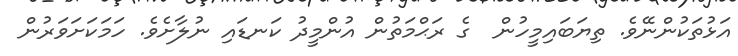
އަޅުތަކުންނޭވެ. ތިޔަބައިމީހުން  ގެ ރަޙްމަތުން އުންމީދު ކަނޑައި ނުލާށެވެ. ހަމަކަށަވަރުން